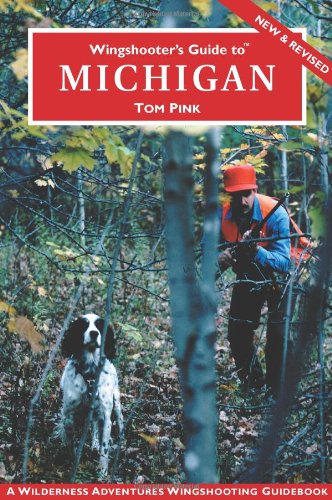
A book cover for Wingshooter's Guide to Michigan (Wingshooter's Guide Series); Tom Pink; Travel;